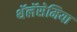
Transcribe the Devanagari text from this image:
थॅलॅसेमिया